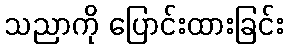
သညာကို ပြောင်းထားခြင်း